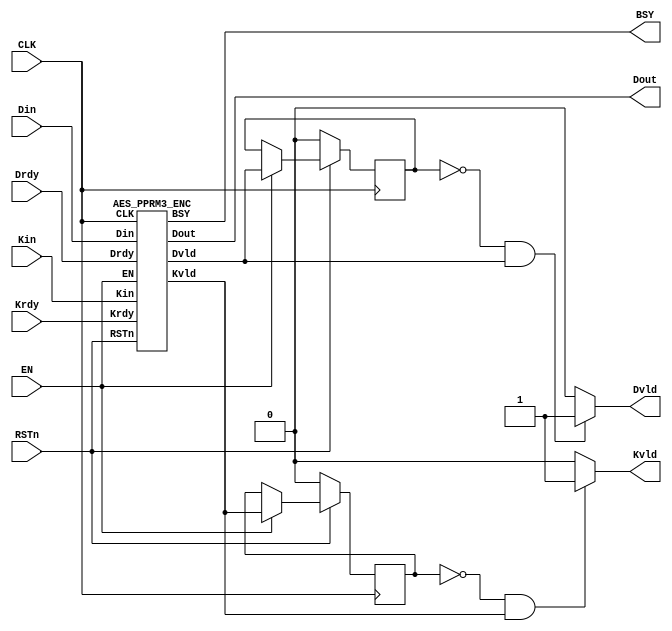
/*-------------------------------------------------------------------------
 AES Encryption/Decryption Macro (ASIC version)
 
 File name   : AES_PPRM3.v
 Version     : Version 1.0
 Created     : 
 Last update : SEP/25/2007
 Desgined by : Akashi Satoh
 
 
 Copyright (C) 2007 AIST and Tohoku Univ.
 
 By using this code, you agree to the following terms and conditions.
 
 This code is copyrighted by AIST and Tohoku University ("us").
 
 Permission is hereby granted to copy, reproduce, redistribute or
 otherwise use this code as long as: there is no monetary profit gained
 specifically from the use or reproduction of this code, it is not sold,
 rented, traded or otherwise marketed, and this copyright notice is
 included prominently in any copy made.
 
 We shall not be liable for any damages, including without limitation
 direct, indirect, incidental, special or consequential damages arising
 from the use of this code.
 
 When you publish any results arising from the use of this code, we will
 appreciate it if you can cite as following.
 @misc{tohoku-crypto-ip,
  author={Tohoku University ECSIS laboratory},
  title={Cryptographic IP cores},
  howpublished = {https://github.com/ECSIS-lab/IP_cores}
 }
 -------------------------------------------------------------------------*/

//`timescale 1ns / 1ps

module AES_PPRM3(Kin, Din, Dout, Krdy, Drdy, RSTn, EN, CLK, BSY, Kvld, Dvld);
  input  [127:0] Kin;  // Key input
  input  [127:0] Din;  // Data input
  output [127:0] Dout; // Data output
  input  Krdy;         // Key input ready
  input  Drdy;         // Data input ready
//  input  EncDec;       // 0:Encryption 1:Decryption
  input  RSTn;         // Reset (Low active)
  input  EN;           // AES circuit enable
  input  CLK;          // System clock
  output BSY;          // Busy signal
  output Kvld;         // Data output valid
  output Dvld;         // Data output valid

  wire EN_E, EN_D;
  wire [127:0] Dout_E, Dout_D;
  wire BSY_E, BSY_D;
  wire Dvld_E, Dvld_D;
  wire Kvld_E, Kvld_D;

  wire Dvld_tmp, Kvld_tmp;
  reg  Dvld_reg, Kvld_reg;

  parameter EncDec = 1'b0; // Only encryption is supported

  assign EN_E = (~EncDec) & EN;
  assign EN_D =  EncDec & EN;
//  assign BSY  = BSY_E | BSY_D;
  assign BSY  = BSY_E;

  assign Dvld_tmp = Dvld_E & (~EncDec) | Dvld_D & EncDec;
  assign Kvld_tmp = Kvld_E & (~EncDec) | Kvld_D & EncDec;

  assign Dvld = ( (Dvld_reg == 1'b0) && (Dvld_tmp == 1'b1) ) ? 1'b1: 1'b0;
  assign Kvld = ( (Kvld_reg == 1'b0) && (Kvld_tmp == 1'b1) ) ? 1'b1: 1'b0;  

  assign Dout = (EncDec == 0)? Dout_E: Dout_D;

  AES_PPRM3_ENC AES_PPRM3_ENC(Kin, Din, Dout_E, Krdy, Drdy, RSTn, EN_E, CLK, BSY_E, Kvld_E, Dvld_E);
  //AES_DEC AES_DEC(Kin, Din, Dout_D, Krdy, Drdy, RSTn, EN_D, CLK, BSY_D, Kvld_D, Dvld_D);

  // Behavior for Dvld_reg and Kvld_reg.
  always @(posedge CLK) begin
    if (RSTn == 0) begin
      Dvld_reg <= 1'b0;
      Kvld_reg <= 1'b0;
    end
    else if (EN == 1) begin
      Dvld_reg <= Dvld_tmp;
      Kvld_reg <= Kvld_tmp;
    end
  end
endmodule

/////////////////////////////
//        Sbox PPRM        //
/////////////////////////////
module AES_PPRM3_SboxPPRM(x, y);
  input  [7:0]  x;
  output [7:0]  y;

  wire  [3:0] a, b, c, d;

  assign a = { x[7] ^ x[5],
               x[7] ^ x[6] ^ x[4] ^ x[3] ^ x[2] ^ x[1],
               x[7] ^ x[5] ^ x[3] ^ x[2],
               x[7] ^ x[5] ^ x[3] ^ x[2] ^ x[1]};
  assign b = { x[5] ^ x[6] ^ x[2] ^ x[1],
               x[6],
               x[7] ^ x[5] ^ x[3] ^ x[2] ^ x[6] ^ x[4] ^ x[1],
               x[7] ^ x[5] ^ x[3] ^ x[2] ^ x[6] ^ x[0]};
  assign c[3] = (x[5] & x[1]) ^ (x[7] & x[1]) ^ (x[5] & x[2]) ^ (x[5] & x[6])
              ^ (x[5] & x[7]) ^ (x[5] & x[4]) ^ (x[7] & x[4]) ^ (x[5] & x[0])
              ^ (x[7] & x[0]) ^ (x[3] & x[1]) ^ (x[4] & x[1]) ^ (x[3] & x[2])
              ^ (x[2] & x[4]) ^ (x[4] & x[6]) ^ (x[2] & x[1]) ^ (x[2] & x[6])
              ^ (x[6] & x[1]);
  assign c[2] = (x[6] & x[1]) ^ (x[2] & x[6]) ^ (x[3] & x[6]) ^ (x[7] & x[6])
              ^ (x[1] & x[0]) ^ (x[2] & x[0]) ^ (x[3] & x[0]) ^ (x[4] & x[0])
              ^ (x[6] & x[0]) ^ (x[7] & x[0]) ^ (x[5] & x[2]) ^ (x[5] & x[3])
              ^ (x[2] & x[4]) ^ (x[3] & x[4]) ^ (x[5] & x[7]) ^ (x[7] & x[2])
              ^ (x[5] & x[6]) ^ (x[3] & x[2]) ^ (x[7] & x[3]);
  assign c[1] = (x[2] & x[1]) ^ (x[2] & x[4]) ^ (x[5] & x[4]) ^ (x[3] & x[6])
              ^ (x[5] & x[6]) ^ (x[2] & x[0]) ^ (x[3] & x[0]) ^ (x[5] & x[0])
              ^ (x[7] & x[0]) ^ x[1] ^ (x[5] & x[2]) ^ (x[7] & x[2])
              ^ (x[5] & x[3]) ^ (x[5] & x[7]) ^ x[7] ^ x[2] ^ (x[3] & x[2])
              ^ x[4] ^ x[5];
  assign c[0] = (x[1] & x[0]) ^ (x[2] & x[0]) ^ (x[3] & x[0]) ^ (x[5] & x[0])
              ^ (x[7] & x[0]) ^ (x[3] & x[1]) ^ (x[6] & x[1]) ^ (x[3] & x[6])
              ^ (x[5] & x[6]) ^ (x[7] & x[6]) ^ (x[3] & x[4]) ^ (x[7] & x[4])
              ^ (x[5] & x[3]) ^ (x[4] & x[1]) ^ x[2] ^ (x[3] & x[2])
              ^ (x[4] & x[6]) ^ x[6] ^ x[5] ^ x[3] ^ x[0];

  assign d[3] = (c[3] & c[2] & c[1]) ^ (c[3] & c[0]) ^ c[3] ^ c[2];
  assign d[2] = (c[3] & c[2] & c[0]) ^ (c[3] & c[0]) ^ (c[3] & c[2] & c[1])
              ^ (c[2] & c[1]) ^ c[2];
  assign d[1] = (c[3] & c[2] & c[1]) ^ (c[3] & c[1] & c[0]) ^ c[3]
              ^ (c[2] & c[0]) ^ c[2] ^ c[1];
  assign d[0] = (c[3] & c[2] & c[0]) ^ (c[3] & c[1] & c[0])
              ^ (c[3] & c[2] & c[1]) ^ (c[3] & c[1]) ^ (c[3] & c[0])
              ^ (c[2] & c[1] & c[0]) ^ c[2] ^ (c[2] & c[1]) ^ c[1] ^ c[0];

  assign y[7] = (d[3] & a[0]) ^ (d[2] & a[1]) ^ (d[1] & a[2]) ^ (d[0] & a[3])
              ^ (b[2] & d[3]) ^ ( b[3] & d[2]) ^ (b[2] & d[2]) ^ (d[3] & a[3])
              ^ (d[3] & a[1]) ^ (d[1] & a[3]) ^ (b[0] & d[2]) ^ (b[2] & d[0])
              ^ (d[3] & a[2]) ^ (d[2] & a[3]) ^ (b[0] & d[3]) ^ (b[1] & d[2])
              ^ (b[2] & d[1]) ^ (b[3] & d[0]);
  assign y[6] = ~(a[0] & d[2]) ^ (a[2] & d[0]) ^ (d[3] & a[3]) ^ (a[0] & d[1])
              ^ (a[1] & d[0]) ^ (d[3] & a[2]) ^ (d[2] & a[3]) ^ (a[0] & d[0])
              ^ (d[3] & a[0]) ^ (d[2] & a[1]) ^ (d[1] & a[2]) ^ (d[0] & a[3]);
  assign y[5] = ~(d[3] & a[3]) ^ (d[3] & a[1]) ^ (d[1] & a[3]) ^ (d[3] & a[2])
              ^ (d[2] & a[3]) ^ (b[2] & d[2]) ^ (b[0] & d[2]) ^ (b[2] & d[0])
              ^ (b[3] & d[3]) ^ (b[1] & d[3]) ^ (b[3] & d[1]) ^ (d[3] & a[0])
              ^ (d[2] & a[1]) ^ (d[1] & a[2]) ^ (d[0] & a[3]);
  assign y[4] = (d[3] & a[1]) ^ (d[1] & a[3]) ^ (a[0] & d[0]) ^ (b[3] & d[3])
              ^ (b[0] & d[1]) ^ (b[1] & d[0]) ^ (d[3] & a[0]) ^ (d[2] & a[1])
              ^ (d[1] & a[2]) ^ (d[0] & a[3]) ^ (a[1] & d[1]) ^ (b[2] & d[2])
              ^ (b[0] & d[0]);
  assign y[3] = (b[0] & d[1]) ^ (b[1] & d[0]) ^ (b[0] & d[2]) ^ (b[2] & d[0])
              ^ (b[1] & d[3]) ^ (b[3] & d[1]) ^ (b[0] & d[0]);
  assign y[2] = (a[0] & d[2]) ^ (a[2] & d[0]) ^ (a[0] & d[1]) ^ (a[1] & d[0])
              ^ (b[1] & d[1]) ^ (b[2] & d[2]) ^ (d[3] & a[1]) ^ (d[1] & a[3])
              ^ (b[0] & d[2]) ^ (b[2] & d[0]) ^ (b[3] & d[3]) ^ (a[0] & d[0])
              ^ (b[0] & d[3]) ^ (b[1] & d[2]) ^ (b[2] & d[1]) ^ (b[3] & d[0])
              ^ (b[0] & d[0]);
  assign y[1] = ~(d[3] & a[0]) ^ (d[2] & a[1]) ^ (d[1] & a[2]) ^ (d[0] & a[3])
             ^ (b[1] & d[1]) ^ (b[2] & d[3]) ^ (b[3] & d[2]) ^ (d[3] & a[3])
             ^ (d[3] & a[1]) ^ (d[1] & a[3]) ^ (b[3] & d[3]) ^ (d[3] & a[2])
             ^ (d[2] & a[3]) ^ (b[0] & d[0]);
  assign y[0] = ~(d[3] & a[0]) ^ (d[2] & a[1]) ^ (d[1] & a[2]) ^ (d[0] & a[3])
             ^ (a[0] & d[2]) ^ (a[2] & d[0]) ^ (b[0] & d[1]) ^ (b[1] & d[0])
             ^ (d[2] & a[2]) ^ (b[0] & d[2]) ^ (b[2] & d[0]) ^ (b[1] & d[3])
             ^ (b[3] & d[1]) ^ (d[3] & a[2]) ^ (d[2] & a[3]) ^ (b[0] & d[0]);
endmodule


/////////////////////////////
//     SubBytes PPRM       //
/////////////////////////////
module AES_PPRM3_SubBytesPPRM (x, y);
  input  [31:0] x;
  output [31:0] y;

  AES_PPRM3_SboxPPRM Sbox3(x[31:24], y[31:24]);
  AES_PPRM3_SboxPPRM Sbox2(x[23:16], y[23:16]);
  AES_PPRM3_SboxPPRM Sbox1(x[15: 8], y[15: 8]);
  AES_PPRM3_SboxPPRM Sbox0(x[ 7: 0], y[ 7: 0]);
endmodule


/////////////////////////////
//       MixColumns        //
/////////////////////////////
module AES_PPRM3_MixColumns(x, y);
  input  [31:0]  x;
  output [31:0]  y;

  wire [7:0] a3, a2, a1, a0, b3, b2, b1, b0;

  assign a3 = x[31:24]; assign a2 = x[23:16];
  assign a1 = x[15: 8]; assign a0 = x[ 7: 0];

  assign b3 = a3 ^ a2; assign b2 = a2 ^ a1;
  assign b1 = a1 ^ a0; assign b0 = a0 ^ a3;

  assign y = {a2[7] ^ b1[7] ^ b3[6],         a2[6] ^ b1[6] ^ b3[5],
              a2[5] ^ b1[5] ^ b3[4],         a2[4] ^ b1[4] ^ b3[3] ^ b3[7],
              a2[3] ^ b1[3] ^ b3[2] ^ b3[7], a2[2] ^ b1[2] ^ b3[1],
              a2[1] ^ b1[1] ^ b3[0] ^ b3[7], a2[0] ^ b1[0] ^ b3[7],
              a3[7] ^ b1[7] ^ b2[6],         a3[6] ^ b1[6] ^ b2[5],
              a3[5] ^ b1[5] ^ b2[4],         a3[4] ^ b1[4] ^ b2[3] ^ b2[7],
              a3[3] ^ b1[3] ^ b2[2] ^ b2[7], a3[2] ^ b1[2] ^ b2[1],
              a3[1] ^ b1[1] ^ b2[0] ^ b2[7], a3[0] ^ b1[0] ^ b2[7],
              a0[7] ^ b3[7] ^ b1[6],         a0[6] ^ b3[6] ^ b1[5],
              a0[5] ^ b3[5] ^ b1[4],         a0[4] ^ b3[4] ^ b1[3] ^ b1[7],
              a0[3] ^ b3[3] ^ b1[2] ^ b1[7], a0[2] ^ b3[2] ^ b1[1],
              a0[1] ^ b3[1] ^ b1[0] ^ b1[7], a0[0] ^ b3[0] ^ b1[7],
              a1[7] ^ b3[7] ^ b0[6],         a1[6] ^ b3[6] ^ b0[5],
              a1[5] ^ b3[5] ^ b0[4],         a1[4] ^ b3[4] ^ b0[3] ^ b0[7],
              a1[3] ^ b3[3] ^ b0[2] ^ b0[7], a1[2] ^ b3[2] ^ b0[1],
              a1[1] ^ b3[1] ^ b0[0] ^ b0[7], a1[0] ^ b3[0] ^ b0[7]};
endmodule


/////////////////////////////
//     Encryption Core     //
/////////////////////////////
module AES_PPRM3_EncCore(di, ki, Rrg, do, ko);
  input  [127:0] di, ki;
  input  [9:0]   Rrg;
  output [127:0] do, ko;

  wire   [127:0] sb, sr, mx;
  wire   [31:0]  so;

  AES_PPRM3_SubBytesPPRM SB3 (di[127:96], sb[127:96]);
  AES_PPRM3_SubBytesPPRM SB2 (di[ 95:64], sb[ 95:64]);
  AES_PPRM3_SubBytesPPRM SB1 (di[ 63:32], sb[ 63:32]);
  AES_PPRM3_SubBytesPPRM SB0 (di[ 31: 0], sb[ 31: 0]);
  AES_PPRM3_SubBytesPPRM SBK ({ki[23:16], ki[15:8], ki[7:0], ki[31:24]}, so);

  assign sr = {sb[127:120], sb[ 87: 80], sb[ 47: 40], sb[  7:  0],
               sb[ 95: 88], sb[ 55: 48], sb[ 15:  8], sb[103: 96],
               sb[ 63: 56], sb[ 23: 16], sb[111:104], sb[ 71: 64],
               sb[ 31: 24], sb[119:112], sb[ 79: 72], sb[ 39: 32]};

  AES_PPRM3_MixColumns MX3 (sr[127:96], mx[127:96]);
  AES_PPRM3_MixColumns MX2 (sr[ 95:64], mx[ 95:64]);
  AES_PPRM3_MixColumns MX1 (sr[ 63:32], mx[ 63:32]);
  AES_PPRM3_MixColumns MX0 (sr[ 31: 0], mx[ 31: 0]);

  assign do = ((Rrg[0] == 1)? sr: mx) ^ ki;

  function [7:0] rcon;
  input [9:0] x;
    casex (x)
      10'bxxxxxxxxx1: rcon = 8'h01;
      10'bxxxxxxxx1x: rcon = 8'h02;
      10'bxxxxxxx1xx: rcon = 8'h04;
      10'bxxxxxx1xxx: rcon = 8'h08;
      10'bxxxxx1xxxx: rcon = 8'h10;
      10'bxxxx1xxxxx: rcon = 8'h20;
      10'bxxx1xxxxxx: rcon = 8'h40;
      10'bxx1xxxxxxx: rcon = 8'h80;
      10'bx1xxxxxxxx: rcon = 8'h1b;
      10'b1xxxxxxxxx: rcon = 8'h36;
    endcase
  endfunction

  assign ko = {ki[127:96] ^ {so[31:24] ^ rcon(Rrg), so[23: 0]},
               ki[ 95:64] ^ ko[127:96],
               ki[ 63:32] ^ ko[ 95:64],
               ki[ 31: 0] ^ ko[ 63:32]};
endmodule


/////////////////////////////
//   AES for encryption    //
/////////////////////////////
module AES_PPRM3_ENC(Kin, Din, Dout, Krdy, Drdy, RSTn, EN, CLK, BSY, Kvld, Dvld);
  input  [127:0] Kin;  // Key input
  input  [127:0] Din;  // Data input
  output [127:0] Dout; // Data output
  input  Krdy;         // Key input ready
  input  Drdy;         // Data input ready
  input  RSTn;         // Reset (Low active)
  input  EN;           // AES circuit enable
  input  CLK;          // System clock
  output BSY;          // Busy signal
  output Kvld;         // Key valid
  output Dvld;         // Data output valid

  reg  [127:0] Drg;    // Data register
  reg  [127:0] Krg;    // Key register
  reg  [127:0] KrgX;   // Temporary key Register
  reg  [9:0]   Rrg;    // Round counter
  reg  Kvldrg, Dvldrg, BSYrg;
  wire [127:0] Dnext, Knext;

  AES_PPRM3_EncCore EC (Drg, KrgX, Rrg, Dnext, Knext);

  assign Kvld = Kvldrg;
  assign Dvld = Dvldrg;
  assign Dout = Drg;
  assign BSY  = BSYrg;

  always @(posedge CLK) begin
    if (RSTn == 0) begin
      Krg    <= 128'h0000000000000000;
      KrgX   <= 128'h0000000000000000;
      Rrg    <= 10'b0000000001;
      Kvldrg <= 0;
      Dvldrg <= 0;
      BSYrg  <= 0;
    end
    else if (EN == 1) begin
      if (BSYrg == 0) begin
        if (Krdy == 1) begin
          Krg    <= Kin;
          KrgX   <= Kin;
          Kvldrg <= 1;
          Dvldrg <= 0;
        end
        else if (Drdy == 1) begin
          Rrg    <= {Rrg[8:0], Rrg[9]};
          KrgX   <= Knext;
          Drg    <= Din ^ Krg;
          Dvldrg <= 0;
          BSYrg  <= 1;
        end
      end
      else begin
        Drg <= Dnext;
        if (Rrg[0] == 1) begin
          KrgX   <= Krg;
          Dvldrg <= 1;
          BSYrg  <= 0;
        end
        else begin
          Rrg    <= {Rrg[8:0], Rrg[9]};
          KrgX   <= Knext;
        end
      end
    end
  end
endmodule


/////////////////////////////
//   AES for encryption    //
//   with output register  //
/////////////////////////////
module AES_PPRM3_ENCx(Kin, Din, Dout, Krdy, Drdy, RSTn, EN, CLK, BSY, Kvld, Dvld);
  input  [127:0] Kin;  // Key input
  input  [127:0] Din;  // Data input
  output [127:0] Dout; // Data output
  input  Krdy;         // Key input ready
  input  Drdy;         // Data input ready
  input  RSTn;         // Reset (Low active)
  input  EN;           // AES circuit enable
  input  CLK;          // System clock
  output BSY;          // Busy signal
  output Kvld;         // Key valid
  output Dvld;         // Data output valid

  reg  [127:0] Drg;    // Data register
  reg  [127:0] DrgX;   // Data output regsiter
  reg  [127:0] Krg;    // Key register
  reg  [127:0] KrgX;   // Temporary key Register
  reg  [9:0]   Rrg;    // Round counter
  reg  Kvldrg, Dvldrg, BSYrg;
  wire [127:0] Dnext, Knext;

  AES_PPRM3_EncCore EC (Drg, KrgX, Rrg, Dnext, Knext);

  assign Kvld = Kvldrg;
  assign Dvld = Dvldrg;
  assign Dout = DrgX;
  assign BSY  = BSYrg;

  always @(posedge CLK) begin
    if (RSTn == 0) begin
      Krg    <= 128'h0000000000000000;
      KrgX   <= 128'h0000000000000000;
      Rrg    <= 10'b0000000001;
      Kvldrg <= 0;
      Dvldrg <= 0;
      BSYrg  <= 0;
    end
    else if (EN == 1) begin
      if (BSYrg == 0) begin
        if (Krdy == 1) begin
          Krg    <= Kin;
          KrgX   <= Kin;
          Kvldrg <= 1;
          Dvldrg <= 0;
        end
        else if (Drdy == 1) begin
          Rrg    <= {Rrg[8:0], Rrg[9]};
          KrgX   <= Knext;
          Drg    <= Din ^ Krg;
          Dvldrg <= 0;
          BSYrg  <= 1;
        end
      end
      else begin
        if (Rrg[0] == 1) begin
          KrgX   <= Krg;
          DrgX   <= Dnext;
          Dvldrg <= 1;
          BSYrg  <= 0;
        end
        else begin
          Rrg    <= {Rrg[8:0], Rrg[9]};
          KrgX   <= Knext;
          Drg    <= Dnext;
        end
      end
    end
  end
endmodule